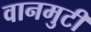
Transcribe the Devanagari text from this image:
वानमुटी